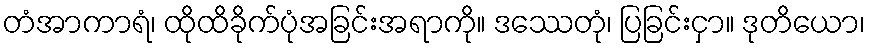
တံအာကာရံ၊ ထိုထိခိုက်ပုံအခြင်းအရာကို။ ဒဿေတုံ၊ ပြခြင်းငှာ။ ဒုတိယော၊